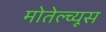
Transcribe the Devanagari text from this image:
मोतेल्च्यूस